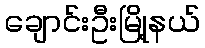
ချောင်းဦးမြို့နယ်